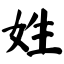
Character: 姓